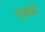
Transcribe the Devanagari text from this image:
ग्रंंथांचे